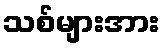
သစ်များအား